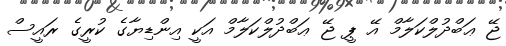
ޖޭ ޢަބްދުލްކަލާމް އޭ ޕީ ޖޭ ޢަބްދުލްކަލާމް އަކީ އިންޑިޔާގެ ކުރީގެ ރައީސް